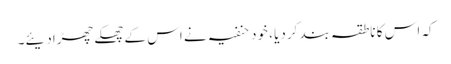
کہ اس کا ناطقہ بند کردیا ، خود حنفیہ نے اس کے چھکے چھڑادیئے۔